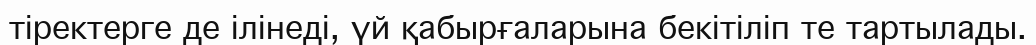
тіректерге де ілінеді, үй қабырғаларына бекітіліп те тартылады.